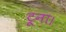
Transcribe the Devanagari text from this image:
टूना।